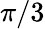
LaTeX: \pi/3